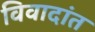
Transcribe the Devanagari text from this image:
विवादांत